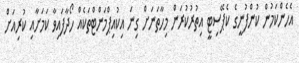
އެހެންކަމުން ކުންފުނީގެ ކެޕޭސިޓީ އިތުރުކުރަން މިހާތަނަށް ގިނަ އިކުއިޕްމަންޓްތަކެއް ހޯދާފައިވާ ކަމަށާއި ކުރިއަށް